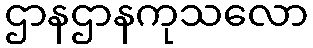
ဌာနဌာနကုသလော